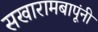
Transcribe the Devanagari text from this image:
सखारामबापूंनी